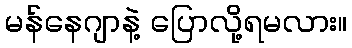
မန်နေဂျာနဲ့ ပြောလို့ရမလား။